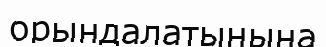
орындалатынына